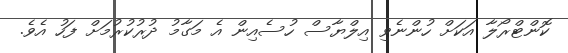
ކޮންޓްރޯލާ އަކަށް ހުންނެވި އިލްޔާސް ހުސެއިން އެ މަގާމު ދުރުކުރުމަށް ފަހު އެވެ.